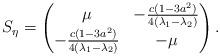
LaTeX: \begin{align*}S_\eta=\begin{pmatrix}\mu & -\frac{c(1-3a^2)}{4(\lambda_1-\lambda_2)}\\-\frac{c(1-3a^2)}{4(\lambda_1-\lambda_2)} & -\mu\end{pmatrix}.\end{align*}